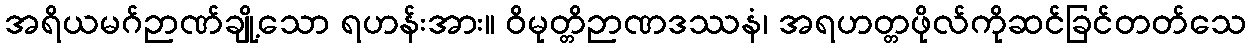
အရိယမဂ်ဉာဏ်ချို့သော ရဟန်းအား။ ဝိမုတ္တိဉာဏဒဿနံ၊ အရဟတ္တဖိုလ်ကိုဆင်ခြင်တတ်သေ